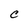
Character: C